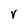
Character: V